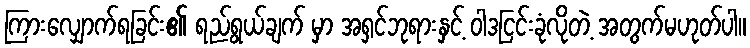
ကြားလျှောက်ရခြင်း၏ ရည်ရွယ်ချက် မှာ အရှင်ဘုရားနှင့် ဝါဒငြင်းခုံလိုတဲ့ အတွက်မဟုတ်ပါ။